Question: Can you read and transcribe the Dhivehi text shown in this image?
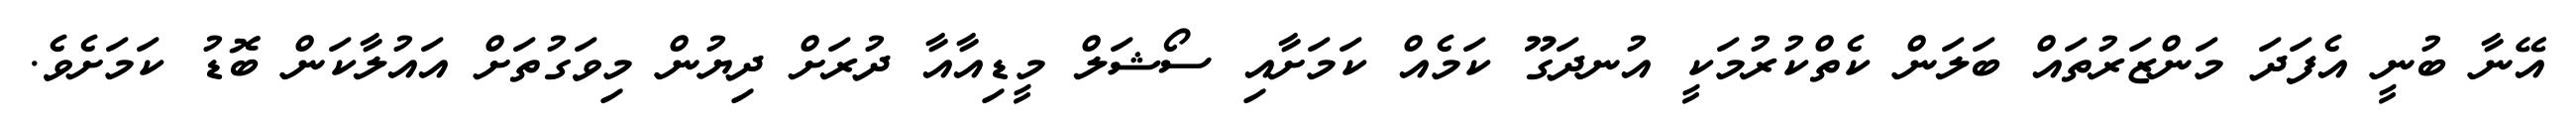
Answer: އޭނާ ބުނީ އެފަދަ މަންޒަރުތައް ބަލަން ކެތްކުރުމަކީ އުނދަގޫ ކަމެއް ކަމަށާއި ސޯޝަލް މީޑިއާއާ ދުރަށް ދިޔުން މިވަގުތަށް އައުލާކަން ބޮޑު ކަމަށެވެ.